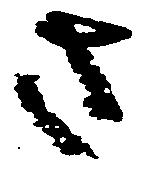
さ